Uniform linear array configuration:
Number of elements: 4
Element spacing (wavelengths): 0.5
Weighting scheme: blackman
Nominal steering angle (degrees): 30
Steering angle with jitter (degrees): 29.25
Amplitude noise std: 0.05
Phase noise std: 0.05

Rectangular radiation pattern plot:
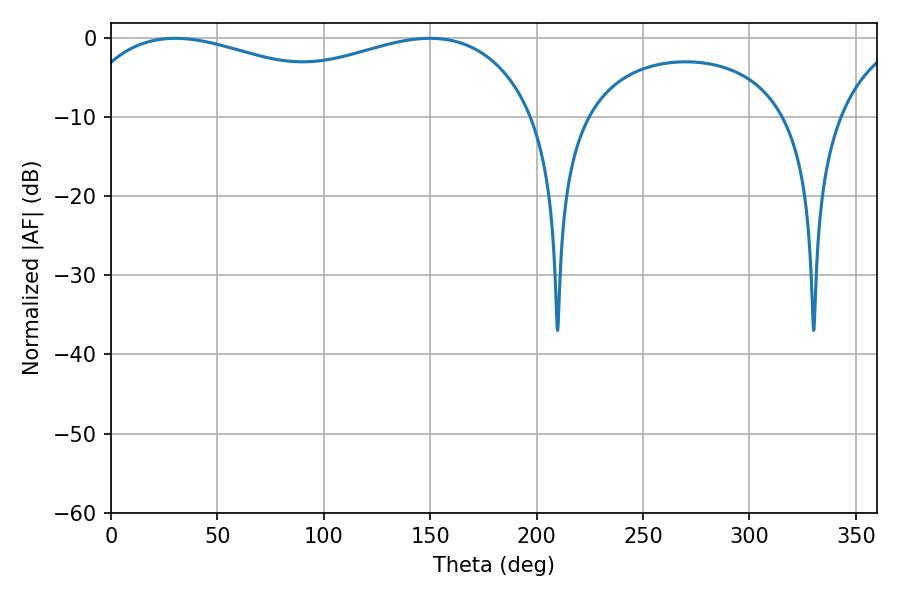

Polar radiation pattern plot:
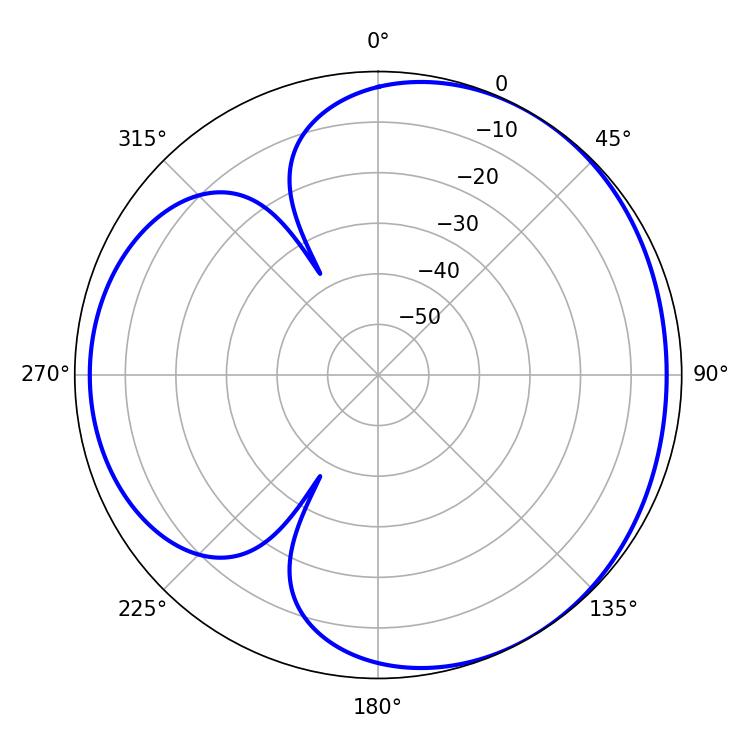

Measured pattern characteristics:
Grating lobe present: FALSE
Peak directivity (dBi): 3.497
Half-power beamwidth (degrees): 179.64
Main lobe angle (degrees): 30.24